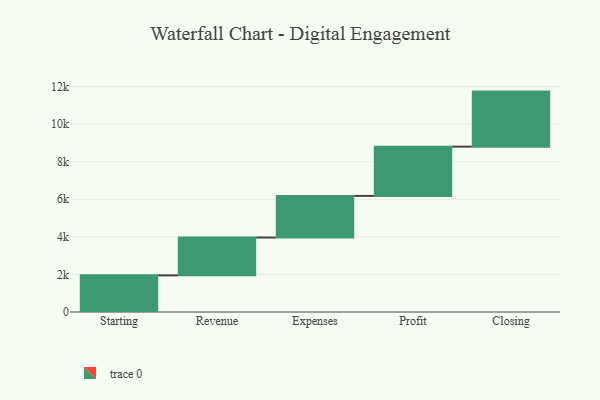
{"axis": {"x": "Step", "y": "Value"}, "legend": [""], "data": [{"x": "Starting", "y": 1950.0, "type": ""}, {"x": "Revenue", "y": 2014.0, "type": ""}, {"x": "Expenses", "y": 2216.0, "type": ""}, {"x": "Profit", "y": 2622.0, "type": ""}, {"x": "Closing", "y": 2930.0, "type": ""}]}